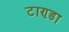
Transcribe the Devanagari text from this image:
टाण्‍डा